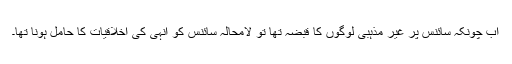
اب چونکہ سائنس پر غیر مذہبی لوگوں کا قبضہ تھا تو لامحالہ سائنس کو انہی کی اخلاقیات کا حامل ہونا تھا۔